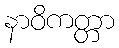
နာဝိကတ္တာ